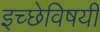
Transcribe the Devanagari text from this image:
इच्छेविषयी